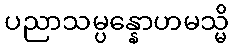
ပညာသမ္ပန္နောဟမသ္မိ